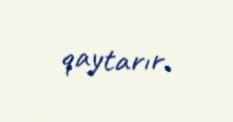
qaytarır.